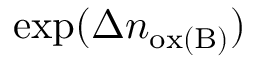
\exp ( \Delta n _ { \mathrm { o x ( B ) } } )